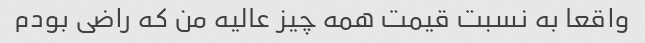
واقعا به نسبت قیمت همه چیز عالیه من که راضی بودم